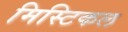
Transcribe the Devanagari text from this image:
मिस्टिकल